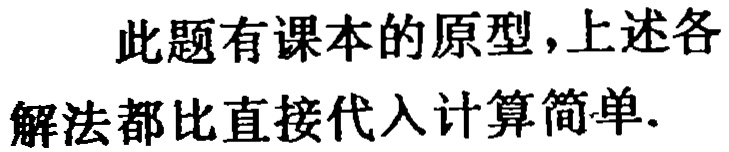
此题有课本的原型，上述各解法都比直接代入计算简单.